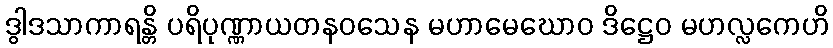
ဒွါဒသာကာရန္တိ ပရိပုဏ္ဏာယတနဝသေန မဟာမေဃောဝ ဒိဋ္ဌေဝ မဟလ္လကေဟိ